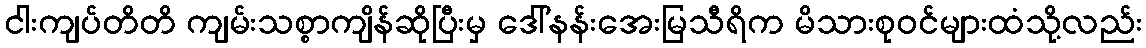
ငါးကျပ်တိတိ ကျမ်းသစ္စာကျိန်ဆိုပြီးမှ ဒေါ်နန်းအေးမြသီရိက မိသားစုဝင်များထံသို့လည်း